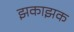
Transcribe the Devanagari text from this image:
झकाझक